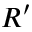
R ^ { \prime }